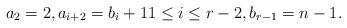
LaTeX: \begin{align*}a_2=2, a_{i+2}=b_i+1 1\leq i\leq r-2, b_{r-1}=n-1.\end{align*}